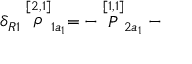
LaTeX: \delta _ { R 1 } \stackrel { [ 2 , 1 ] } { \rho } _ { 1 a _ { 1 } } = - \stackrel { [ 1 , 1 ] } { P } _ { 2 a _ { 1 } } -